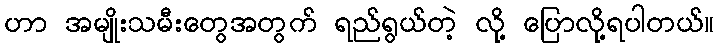
ဟာ အမျိုးသမီးတွေအတွက် ရည်ရွယ်တဲ့ လို့ ပြောလို့ရပါတယ်။